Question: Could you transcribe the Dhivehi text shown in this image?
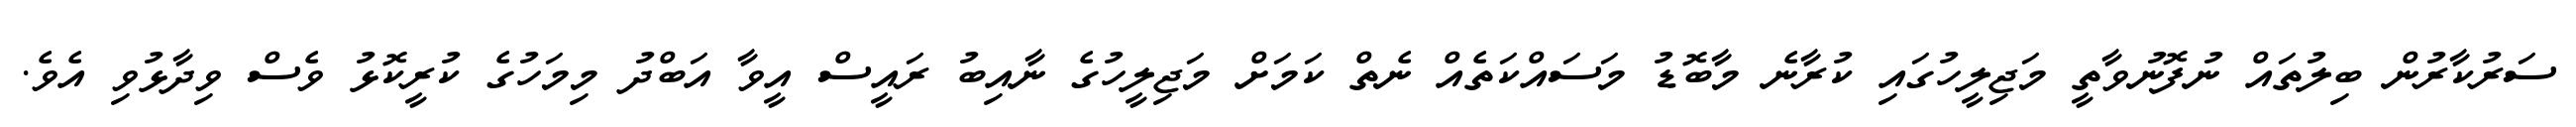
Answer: ސަރުކާރުން ބިލުތައް ނުފޮނުވާތީ މަޖިލީހުގައި ކުރާނެ މާބޮޑު މަސައްކަތެއް ނެތް ކަމަށް މަޖިލީހުގެ ނާއިބު ރައީސް އީވާ އަބްދު މިމަހުގެ ކުރީކޮޅު ވެސް ވިދާޅުވި އެވެ.